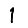
Digit: 1